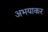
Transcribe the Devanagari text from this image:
अभयाकर